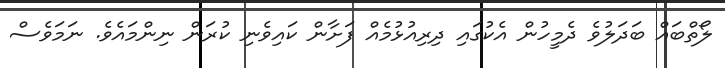
ލޯތްބައް ބަދަލުވެ ދެމީހުން އެކުގައި ދިރިއުޅުމެއް ފަށާން ކައިވެނި ކުރަން ނިންމައެވެ. ނަމަވެސް